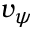
v _ { \psi }